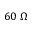
6 0 \ \Omega